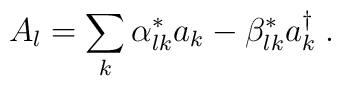
A_l=\sum_{k} \alpha^*_{lk} a_k - \beta^*_{lk} a^{\dagger}_k \; .